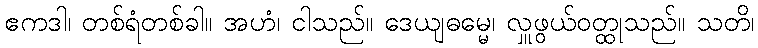
ဧကဒါ၊ တစ်ရံတစ်ခါ။ အဟံ၊ ငါသည်။ ဒေယျဓမ္မေ၊ လှူဖွယ်ဝတ္ထုသည်။ သတိ၊